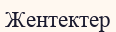
Жентектер